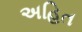
અહિત